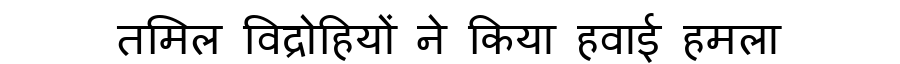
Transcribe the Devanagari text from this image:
तमिल विद्रोहियों ने किया हवाई हमला